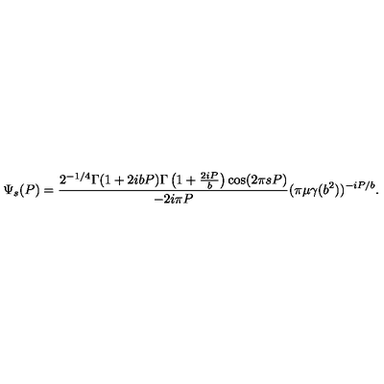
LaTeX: \Psi _ { s } ( P ) = \frac { 2 ^ { - 1 / 4 } \Gamma ( 1 + 2 i b P ) \Gamma \left( 1 + \frac { 2 i P } { b } \right) \cos ( 2 \pi s P ) } { - 2 i \pi P } ( \pi \mu \gamma ( b ^ { 2 } ) ) ^ { - i P / b } .